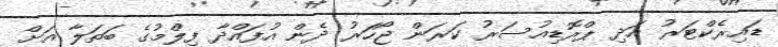
ޑައިރެކްޓަރު އަދި ޕްރޮޑިއުސަރު ކަރަން ޖޯހަރު ދެން އުފައްދާ ފިލްމުގެ ބަތަލާ އަށް